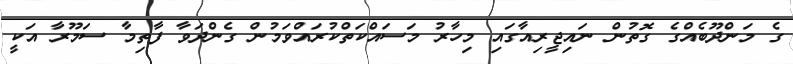
ގެ މަންދޫބެއްގެ ގޮތުން ނައިޖީރިއާގައި މިހާރު މަސައްކަތްކުރައްވަމުން ގެންދަވާ ފާތިމާ ސަމޫރާ އަކީ